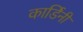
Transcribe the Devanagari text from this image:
कार्डिनी